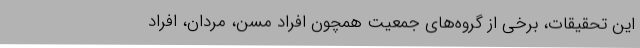
این تحقیقات، برخی از گروه‌های جمعیت همچون افراد مسن، مردان، افراد